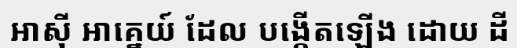
អាស៊ី អាគ្នេយ៍ ដែល បង្កើតឡើង ដោយ ដី